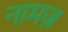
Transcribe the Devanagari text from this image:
नामज़